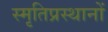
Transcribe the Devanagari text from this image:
स्मृतिप्रस्थानों